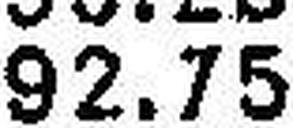
92.75